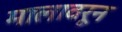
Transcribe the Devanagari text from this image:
मालावरून